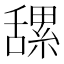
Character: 𦧲